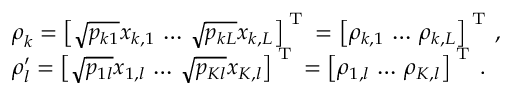
\begin{array} { r l } & { { \boldsymbol { \rho } } _ { k } = \left[ \sqrt { p _ { k 1 } } x _ { k , 1 } \, \ldots \, \sqrt { p _ { k L } } x _ { k , L } \right] ^ { \mathrm { \tiny ~ \mathrm { T } ~ } } = \left[ \rho _ { k , 1 } \, \ldots \, \rho _ { k , L } \right] ^ { \mathrm { \tiny ~ \mathrm { T } ~ } } , } \\ & { { \boldsymbol { \rho } } _ { l } ^ { \prime } = \left[ \sqrt { p _ { 1 l } } x _ { 1 , l } \, \ldots \, \sqrt { p _ { K l } } x _ { K , l } \right] ^ { \mathrm { \tiny ~ \mathrm { T } ~ } } = \left[ \rho _ { 1 , l } \, \ldots \, \rho _ { K , l } \right] ^ { \mathrm { \tiny ~ \mathrm { T } ~ } } . } \end{array}